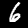
Digit: 6